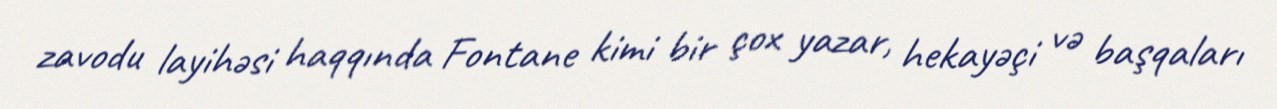
zavodu layihəsi haqqında Fontane kimi bir çox yazar, hekayəçi və başqaları